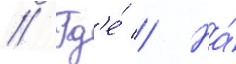
// Гд'е́ // На́